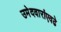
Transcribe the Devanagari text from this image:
उमेदवारांएवढे